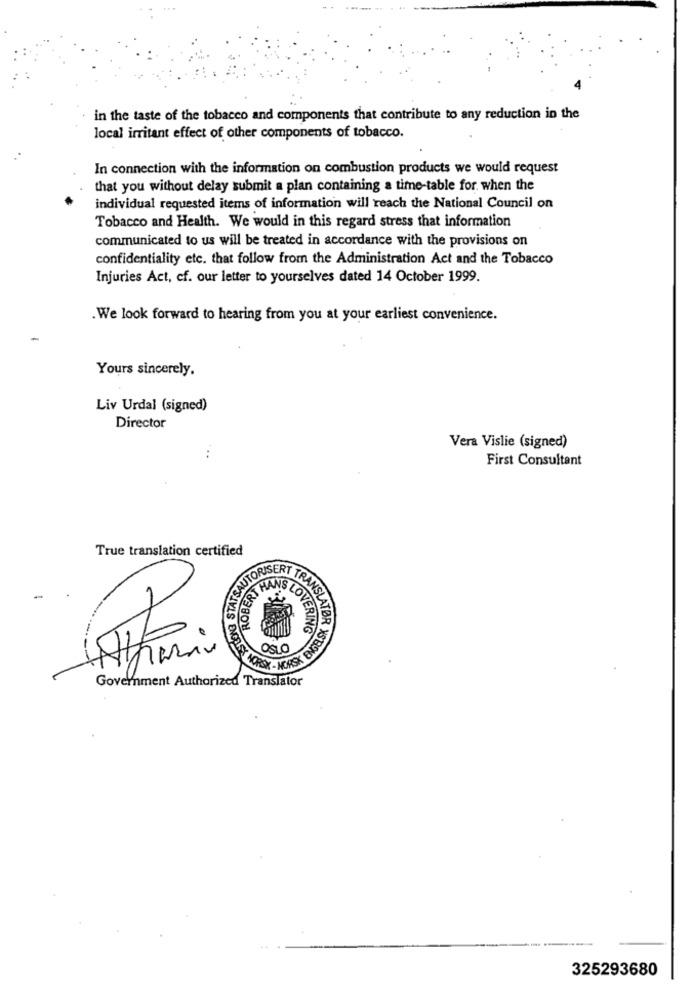
in the taste of the tobacco and components that contribute to any reduction in the
local irritant effect of other components of tobacco.
In connection with the information on combustion products we would request
that you without delay submit a plan containing a time-table for. when the
individual requested items of information will reach the National Council on
Tobacco and Health. We would in this regard stress that information
communicated to us will be treated in accordance with the provisions on
confidentiality etc. that follow from the Administration Act and the Tobacco
Injuries Act, cf. our letter to yourselves dated 14 October 1999.
. We look forward to hearing from you at your earliest convenience.
Yours sincerely.
Liv Urdal (signed)
Director
Vera Vislie (signed)
..
First Consultant
True translation certified
ESTON STATSAUTO
-
ERT HANS LOVE
LOVERING
OSLO
Athermo
RANSLATOR XSBON9
Government Authorized Translator
325293680